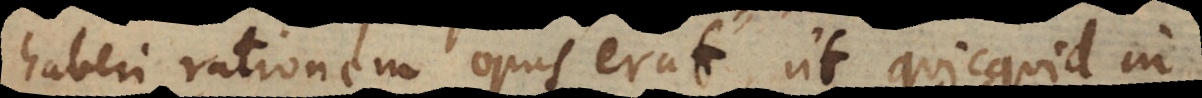
haberi rationem opus erat, ut quicquid in